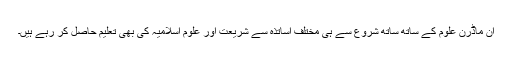
ان ماڈرن علوم کے ساتھ ساتھ شروع سے ہی مختلف اساتذہ سے شریعت اور علومِ اسلامیہ کی بھی تعلیم حاصل کر رہے ہیں۔